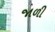
જાળી